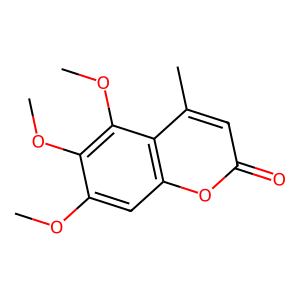
SMILES: COc1cc2oc(=O)cc(C)c2c(OC)c1OC
Inhibits HIV replication: No